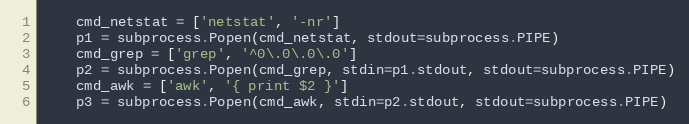
Language: Python
    cmd_netstat = ['netstat', '-nr']
    p1 = subprocess.Popen(cmd_netstat, stdout=subprocess.PIPE)
    cmd_grep = ['grep', '^0\.0\.0\.0']
    p2 = subprocess.Popen(cmd_grep, stdin=p1.stdout, stdout=subprocess.PIPE)
    cmd_awk = ['awk', '{ print $2 }']
    p3 = subprocess.Popen(cmd_awk, stdin=p2.stdout, stdout=subprocess.PIPE)